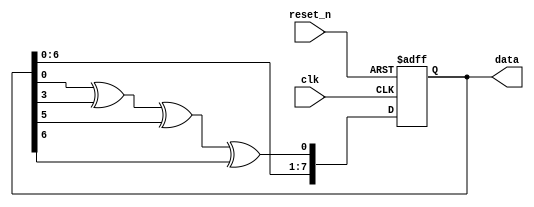
module lfsr (
    input wire clk,
    input wire reset_n,
    output reg [7:0] data
);

// Declare the tap locations
localparam TAP1 = 1;
localparam TAP2 = 4;
localparam TAP3 = 6;
localparam TAP4 = 7;

// Declare an internal signal to hold the next state
reg [7:0] data_next;

always @(posedge clk or negedge reset_n) begin
    if (!reset_n) begin
        // Active-low reset: initialize data to the given initial state
        data <= 8'b10001010;
    end else begin
        // Shift and apply XOR taps
        data_next[0] = data[TAP1 - 1] ^ data[TAP2 - 1] ^ data[TAP3 - 1] ^ data[TAP4 - 1];
        data_next[7:1] = data[6:0];
        data <= data_next;
    end
end

endmodule